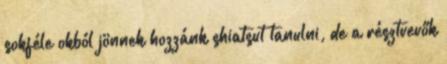
sokféle okból jönnek hozzánk shiatsut tanulni, de a résztvevők